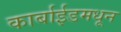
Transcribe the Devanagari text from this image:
कार्बाईडमधून